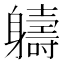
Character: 軇